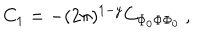
C _ { 1 } = - ( 2 \pi ) ^ { 1 - y } C _ { \Phi _ { 0 } \Phi \Phi _ { 0 } } \ ,